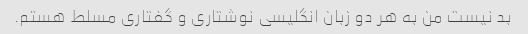
بد نیست من به هر دو زبان انگلیسی نوشتاری و گفتاری مسلط هستم.